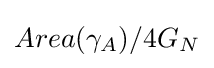
Area(\gamma _{A})/4G_{N}